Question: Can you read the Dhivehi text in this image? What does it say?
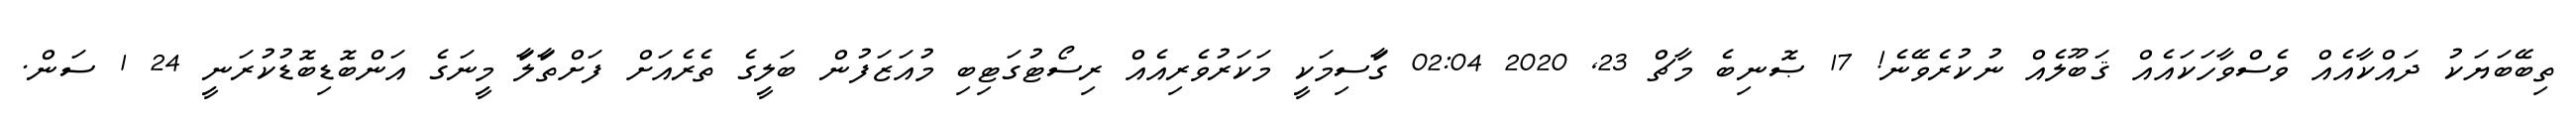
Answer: ތިބޭބަޔަކު ދައްކާއެއް ވެސްވާހަކައެއް ޤަބޫލެއް ނުކުރެވޭނެ! 17 ޞޮނިބެ މާޗް 23, 2020 02:04 ގަާސިމަކިީ މަކަރުވެރިއެއް ރިސޯޓުގަޓިބި މުއަޒަފުން ބަލިީގެ ތެރެއަށް ފަށްތަާލަާ މިީނަގެ އަންބޮޑިބޮޑުކުރަނިީ 24 1 ސަން.